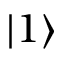
| 1 \rangle